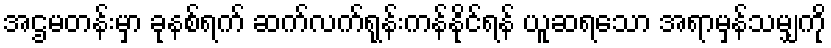
အဌမတန်းမှာ ခုနစ်ရက် ဆက်လက်ရုန်းကန်နိုင်ရန် ယူဆရသော အရာမှန်သမျှကို